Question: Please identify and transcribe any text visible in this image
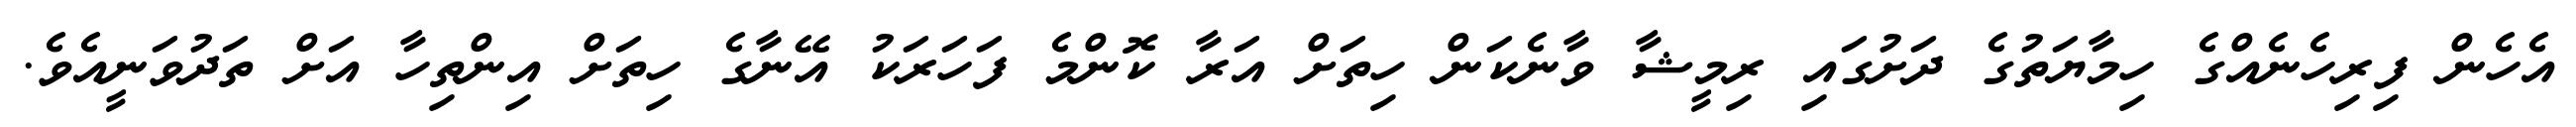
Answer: އެހެން ފިރިހެނެއްގެ ހިމާޔަތުގެ ދަށުގައި ރިމީޝާ ވާނެކަން ހިތަށް އަރާ ކޮންމެ ފަހަރަކު އޭނާގެ ހިތަށް އިންތިހާ އަށް ތަދުވަނީއެވެ.